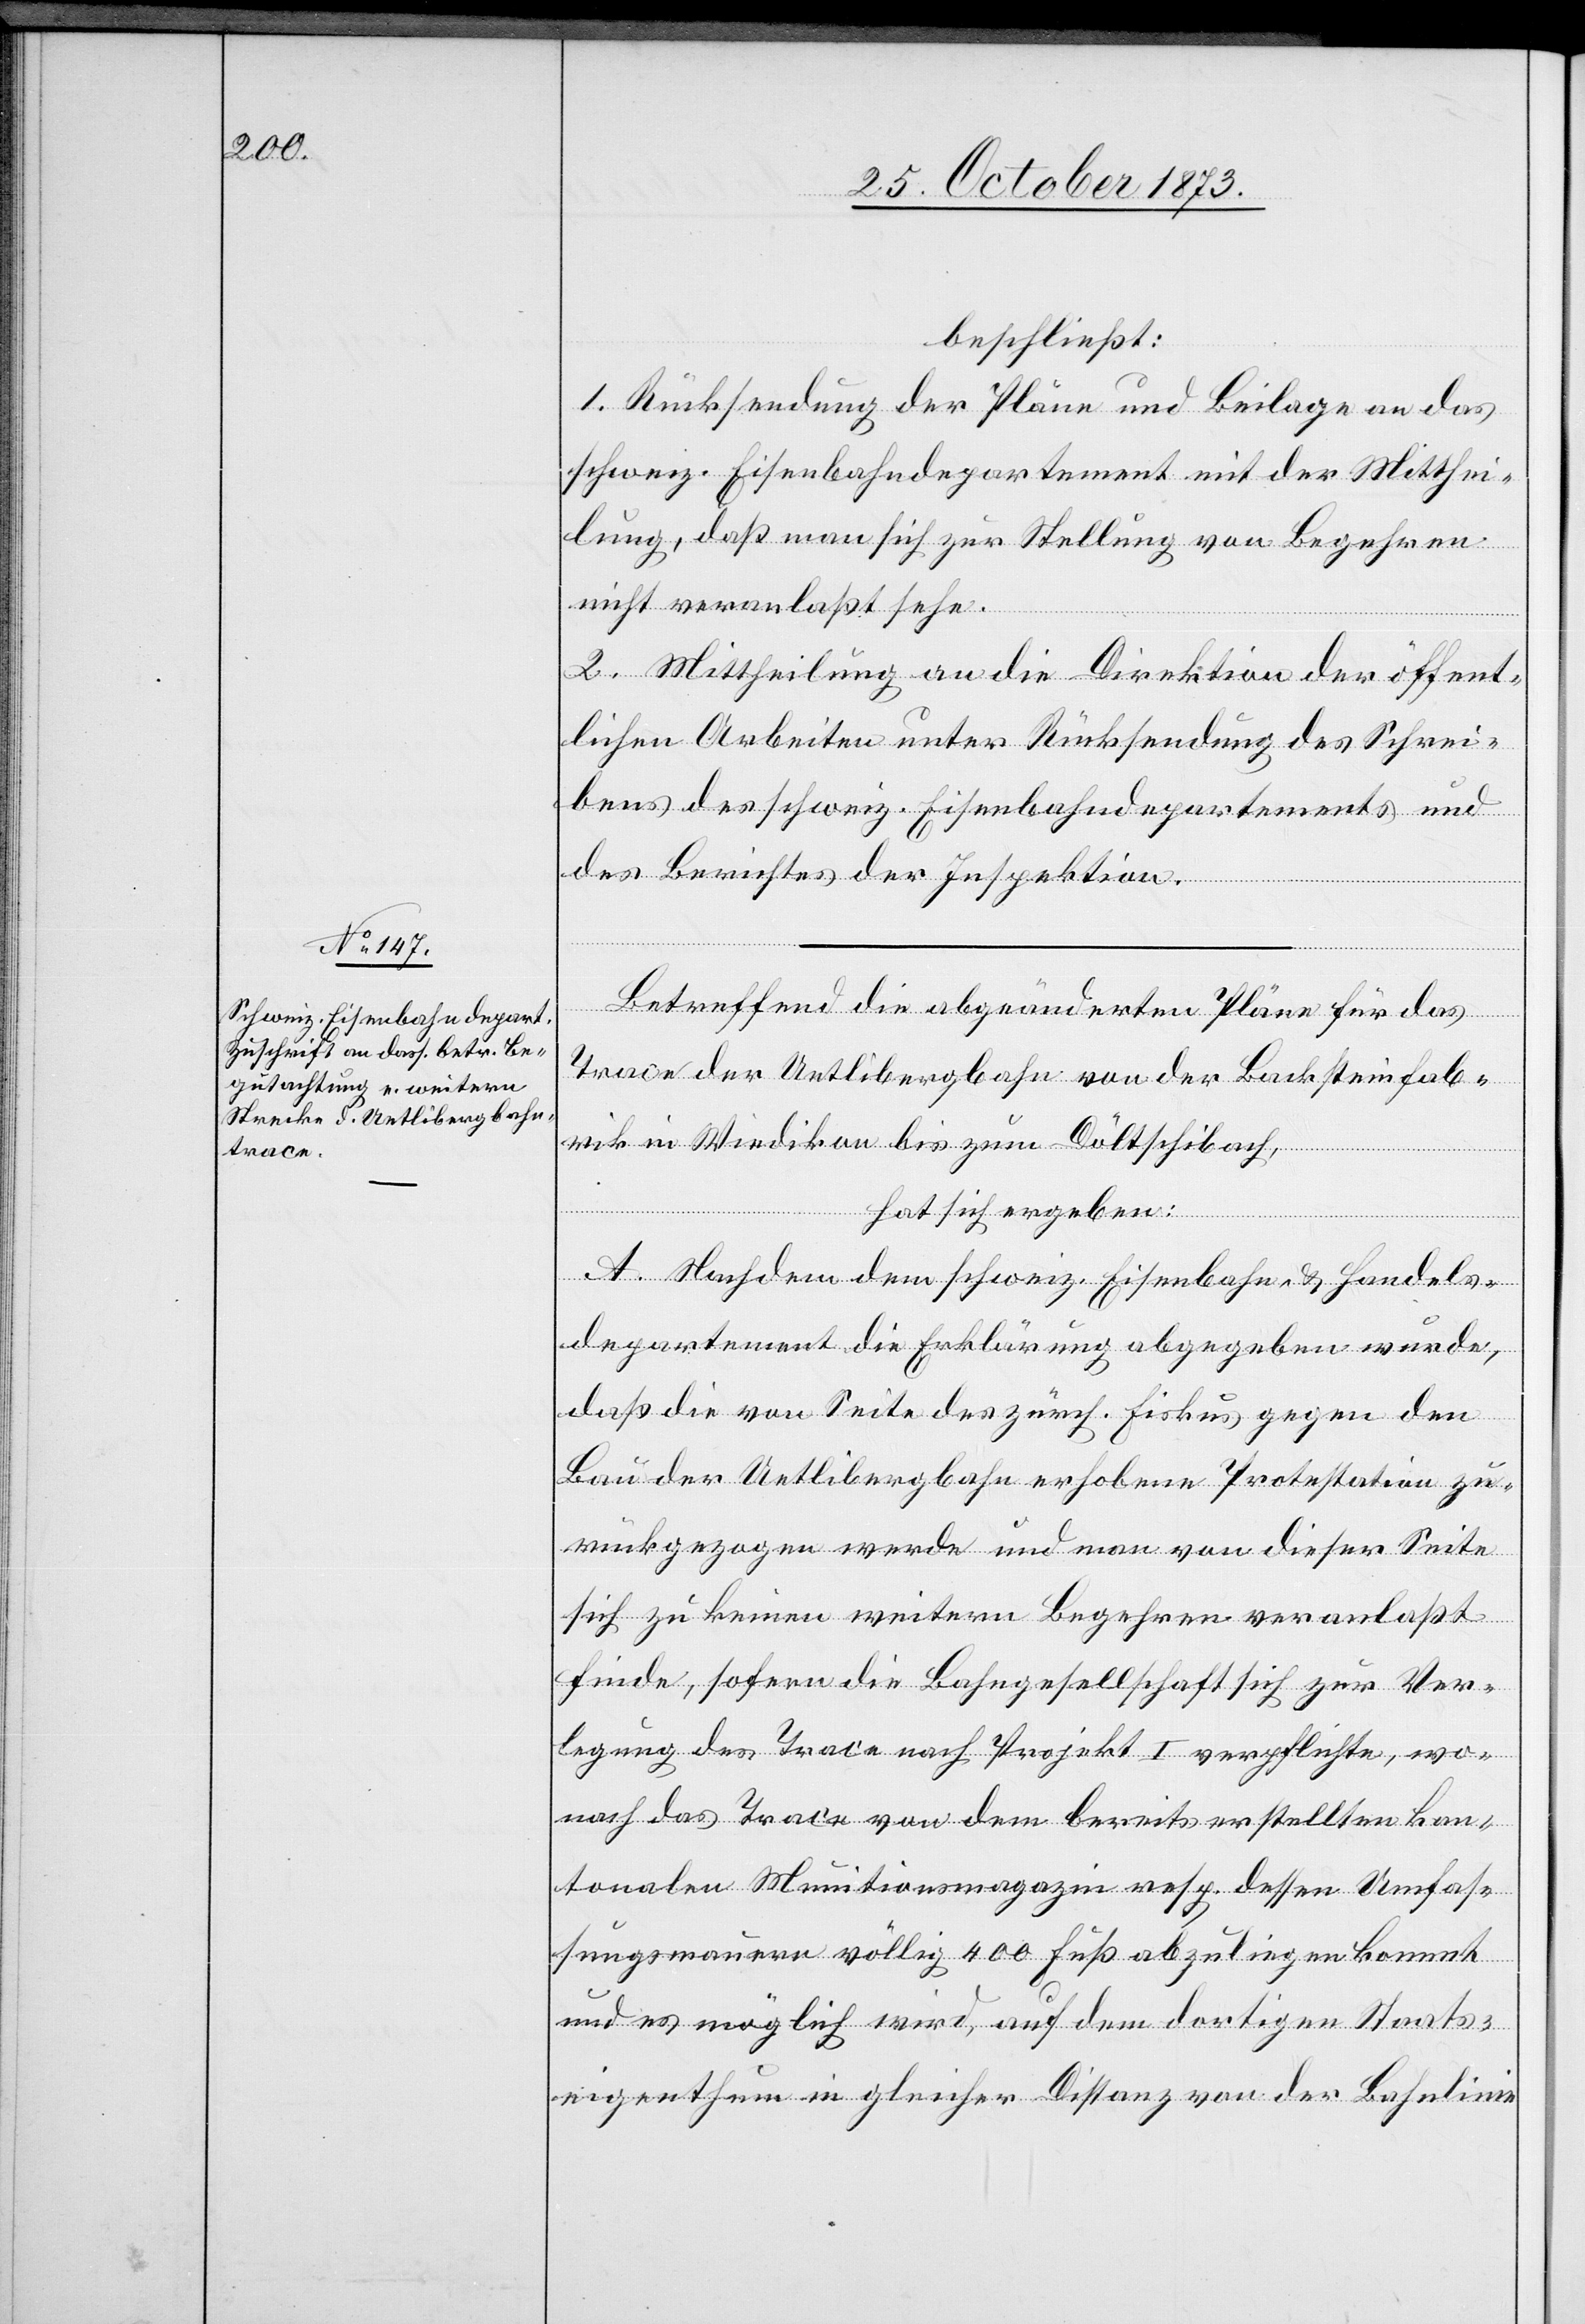
beschließt:
1. Rücksendung der Pläne und Beilage an das
schweiz. Eisenbahndepartement mit der Mitthei¬
lung, daß man sich zur Stellung von Begehren
nicht veranlaßt sehe.
2. Mittheilung an die Direktion der öffent¬
lichen Arbeiten unter Rücksendung des Schrei¬
bens des schweiz. Eisenbahndepartements und
des Berichtes der Inspektion.
Betreffend die abgeänderten Pläne für das
Trace der Uetlibergbahn von der Backsteinfab¬
rik in Wiedikon bis zum Döltschibach,
hat sich ergeben:
A. Nachdem dem schweiz. Eisenbahn- & Handels¬
departement die Erklärung abgegeben wurde,
daß die von Seite des zürch. Fiskus gegen den
Bau der Uetlibergbahn erhobene Protestation zu¬
rückgezogen werde und man von dieser Seite
sich zu keinen weitern Begehren veranlaßt
finde, sofern die Bahngesellschaft sich zur Ver¬
legung des Trace nach Projekt I verpflichte, wo¬
nach das Trace von dem bereits erstellten kan¬
tonalen Munitionsmagazin resp. dessen Umfas¬
sungsmauern völlig 400 Fuß abzuliegen kommt
und es möglich wird, auf dem dortigen Staats¬
eigenthum in gleicher Distanz von der Bahnlinie